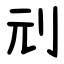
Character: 刓